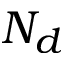
N _ { d }